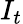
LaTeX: I_{t}